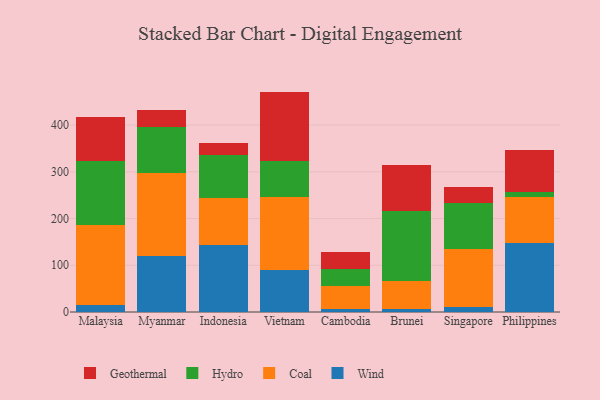
{"axis": {"x": "Country", "y": "Production Output"}, "legend": ["Coal", "Geothermal", "Hydro", "Wind"], "data": [{"x": "Malaysia", "y": 14.1, "type": "Wind"}, {"x": "Malaysia", "y": 171.8, "type": "Coal"}, {"x": "Malaysia", "y": 137.9, "type": "Hydro"}, {"x": "Malaysia", "y": 94.4, "type": "Geothermal"}, {"x": "Myanmar", "y": 120.0, "type": "Wind"}, {"x": "Myanmar", "y": 178.3, "type": "Coal"}, {"x": "Myanmar", "y": 98.6, "type": "Hydro"}, {"x": "Myanmar", "y": 35.2, "type": "Geothermal"}, {"x": "Indonesia", "y": 144.1, "type": "Wind"}, {"x": "Indonesia", "y": 99.2, "type": "Coal"}, {"x": "Indonesia", "y": 91.9, "type": "Hydro"}, {"x": "Indonesia", "y": 26.3, "type": "Geothermal"}, {"x": "Vietnam", "y": 89.5, "type": "Wind"}, {"x": "Vietnam", "y": 155.8, "type": "Coal"}, {"x": "Vietnam", "y": 78.4, "type": "Hydro"}, {"x": "Vietnam", "y": 148.0, "type": "Geothermal"}, {"x": "Cambodia", "y": 7.3, "type": "Wind"}, {"x": "Cambodia", "y": 48.3, "type": "Coal"}, {"x": "Cambodia", "y": 37.2, "type": "Hydro"}, {"x": "Cambodia", "y": 35.6, "type": "Geothermal"}, {"x": "Brunei", "y": 6.4, "type": "Wind"}, {"x": "Brunei", "y": 59.3, "type": "Coal"}, {"x": "Brunei", "y": 150.5, "type": "Hydro"}, {"x": "Brunei", "y": 98.8, "type": "Geothermal"}, {"x": "Singapore", "y": 10.0, "type": "Wind"}, {"x": "Singapore", "y": 124.7, "type": "Coal"}, {"x": "Singapore", "y": 99.0, "type": "Hydro"}, {"x": "Singapore", "y": 34.3, "type": "Geothermal"}, {"x": "Philippines", "y": 148.4, "type": "Wind"}, {"x": "Philippines", "y": 98.8, "type": "Coal"}, {"x": "Philippines", "y": 8.6, "type": "Hydro"}, {"x": "Philippines", "y": 91.6, "type": "Geothermal"}]}